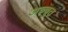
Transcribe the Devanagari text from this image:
अच्चुत